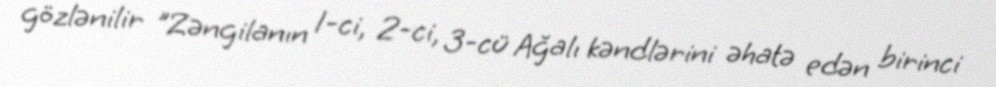
gözlənilir "Zəngilanın 1-ci, 2-ci, 3-cü Ağalı kəndlərini əhatə edən birinci